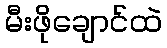
မီးဖိုချောင်ထဲ